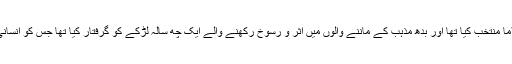
رپورٹ کے مطابق چینی حکومت نے 1995ء میں اپنا پنچن لاما منتخب کیا تھا اور بدھ مذہب کے ماننے والوں میں اثر و رسوخ رکھنے والے ایک چھ سالہ لڑکے کو گرفتار کیا تھا جس کو انسانی حقوق کی تنظیموں نے دنیا کا کم عمر ترین قیدی قرار دیا تھا۔